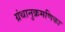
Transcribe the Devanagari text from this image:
ग्रंथानुक्रमणिका